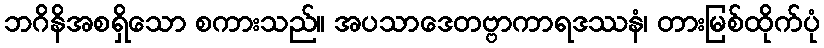
ဘဂိနိအစရှိသော စကားသည်။ အပသာဒေတဗ္ဗာကာရဒဿနံ၊ တားမြစ်ထိုက်ပုံ